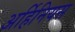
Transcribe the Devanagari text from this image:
अर्हिनियस